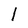
Character: 1